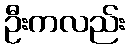
ဦးကလည်း